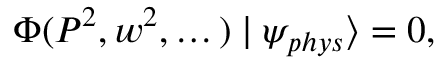
\Phi ( P ^ { 2 } , w ^ { 2 } , \dots ) \mid \psi _ { p h y s } \rangle = 0 ,